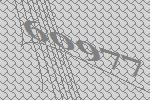
60977